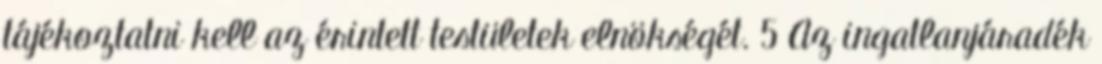
tájékoztatni kell az érintett testületek elnökségét. 5 Az ingatlanjáradék